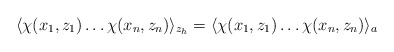
\begin{align*}\langle \chi(x_1,z_1) \ldots \chi(x_n,z_n) \rangle_{z_h} = \langle \chi(x_1,z_1) \ldots \chi(x_n,z_n) \rangle_{a}\end{align*}